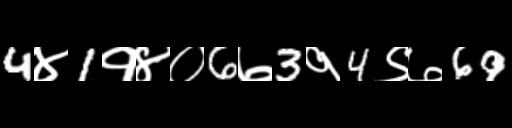
Text: 4४1१४०6७3१4९७69